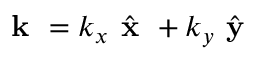
\textbf { k } = k _ { x } \hat { \textbf { x } } + k _ { y } \hat { \textbf { y } }